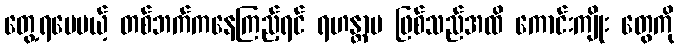
တွေ့ရပေမယ့် တစ်ဘက်ကနေကြည့်ရင် ရဟန္တာမ ဖြစ်သည်အထိ ကောင်းကျိုး တွေကို